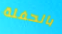
بالحفلة